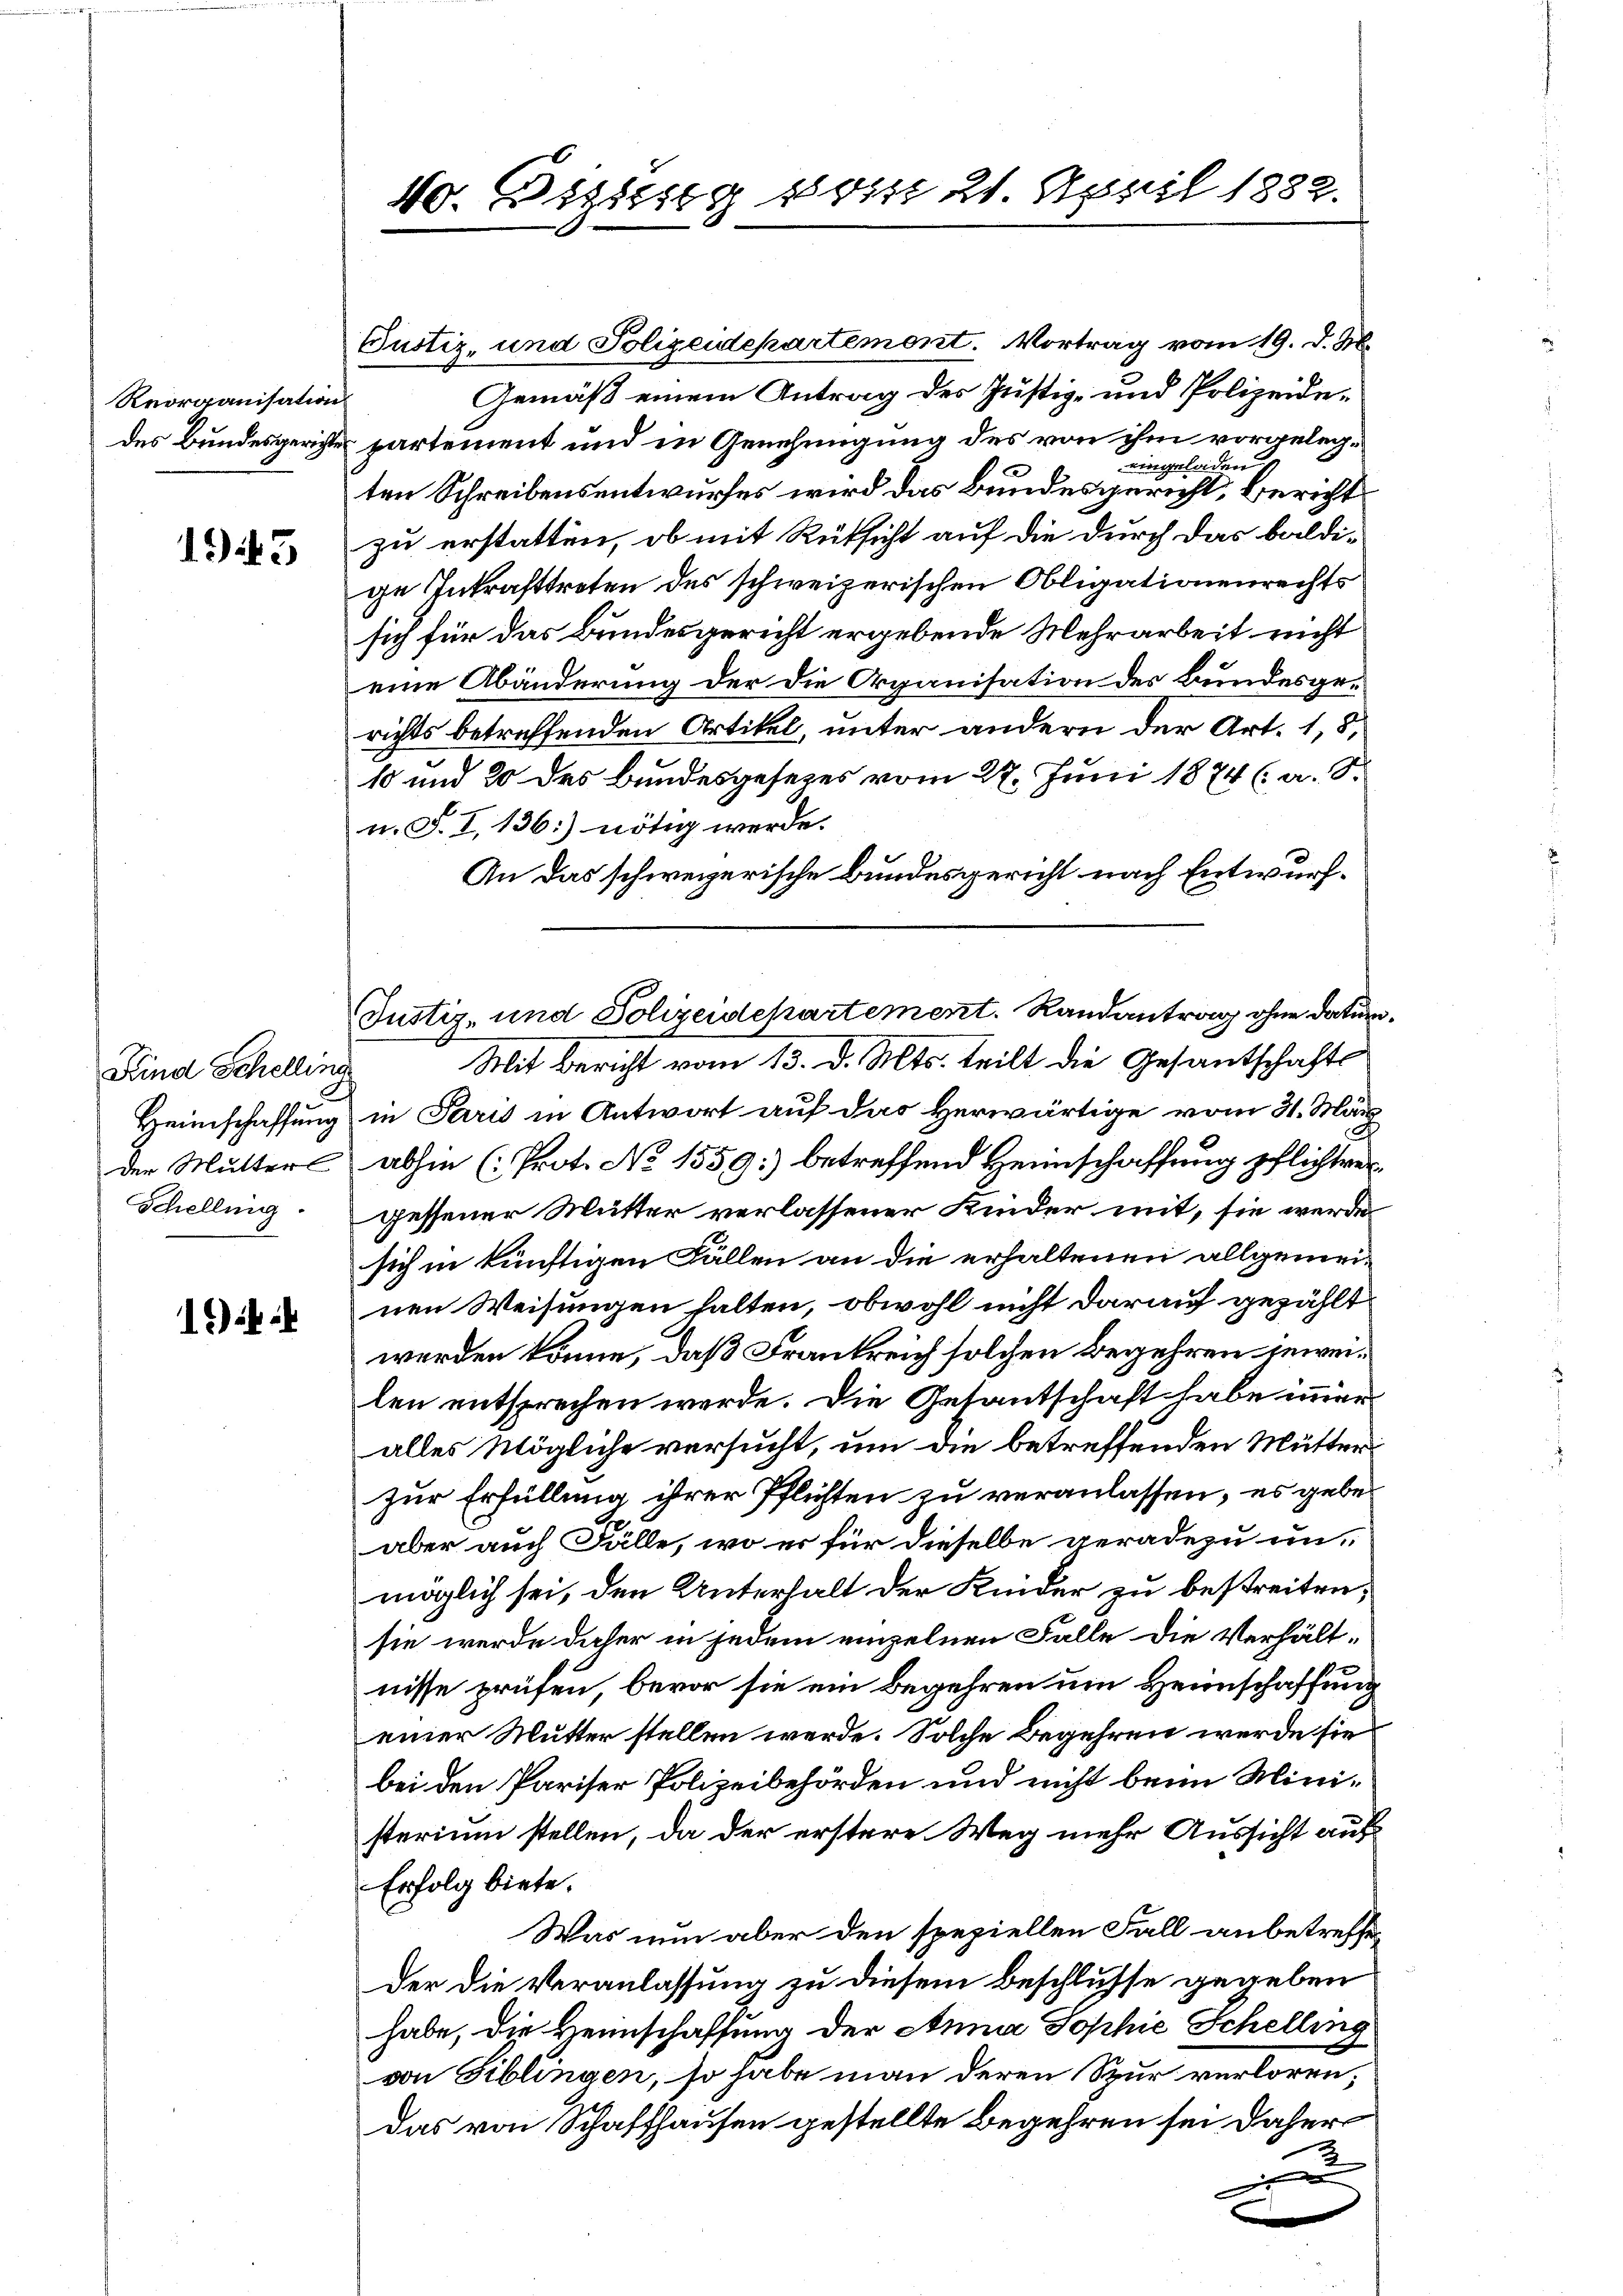
Reorganisation
des Bundesgerichte

193

Kind Schelling
Heimschaffung

1)

40. Disses 111 21. April 1882.

Justiz- und Polizeidepartemont. Vortrag vom 19. d. M.
Gemäß einem Antrag des Justiz- und Polizeidepartement und in Genehmigung des von ihm vorgelegeingeladen
ten Schreibensentwurfes wird das Bundesgericht, Bericht
zu erstatten, ob mit Rüksicht auf die durch das baldige Inkrafttreten des schweizerischen Obligationenrechts
sich für das Bundesgericht ergebende Mehrarbeit nicht
eine Abänderung der die Organisation des Bundesgerichts betreffenden Artikel, unter andern der Art. 1,8,
10 und 20 des Bundesgesezes vom 22. Juni 1874 (a. S.
n. S. I, 136) nötig werde.
An das schweizerische Bundesgericht nach Entwurf¬
Mit Bericht vom 13. d. Mts. teilt die Gesantschafts
in Paris in Antwort auf das Herwärtige vom 31. März
der Mutter abhin (Prot. No 1559) betreffend Heimschaffung pflichtver
Schellig gessener Mutter verlassener Kinder mit, sie werde
sich in künftigen Fällen an die erhaltenen allgemeinen Weisungen halten, obwohl nicht darauf gezählt
werden könne, daß Frankreich solchen Begehren jeweilen entsprechen werde. Die Gesantschaft habe immer
alles Mögliche versucht, um die betreffenden Mütterzur Erfüllung ihrer Pflichten zu veranlassen, es geber
aber auch Fälle, wo er für dieselbe geradezu un-
möglich sei, den Unterhalt der Kinder zu bestreiten;
sie werde daher in jedem einzelnen Falle die Verhält-
nisse prüfen, bevor sie ein Begehren um Heimschaffung
einer Mutter stellen werde. Solche Begehren werde sie
bei den Pariser Polizeibehörden und nicht beim Ministerium stellen, da der erstere Weg mehr Aussicht auf
Erfolg biete.
Was nun aber den speziellen Fall anbetreffeder die Veranlassung zu diesem Beschlusse gegeben
habe, die Heimschaffung der Anna Sophie Schelling
von Biblingen, so habe man deren Spur verloren;
das von Schaffhausen gestellte Begehren sei daher
2
i

Justiz- und Polizeidekartement. Randantrag ohne datum